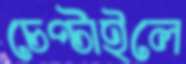
চেপ্‌টাইলে